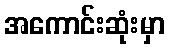
အကောင်းဆုံးမှာ